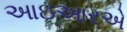
આઇઆરએ